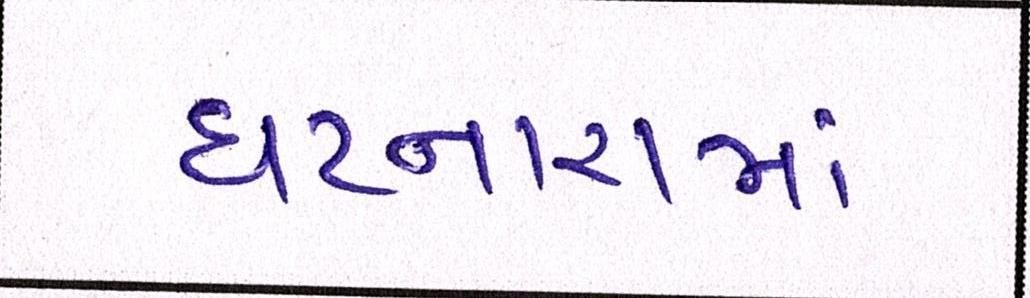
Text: ઘટનારામાં